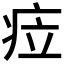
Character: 𱱐